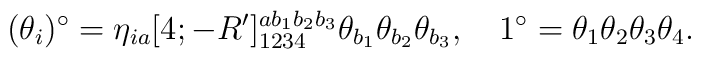
(\theta_{i})^\circ=\eta_{ia}[4;-R']^{ab_1b_2b_3}_{1234}\theta_{b_1}\theta_{b_2}\theta_{b_3},\quad 1^\circ=\theta_1\theta_2\theta_3\theta_4.